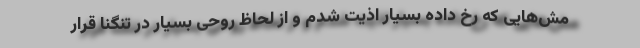
مش‌هایی که رخ داده بسیار اذیت شدم و از لحاظ روحی بسیار در تنگنا قرار